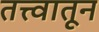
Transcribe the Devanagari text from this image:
तत्त्वातून